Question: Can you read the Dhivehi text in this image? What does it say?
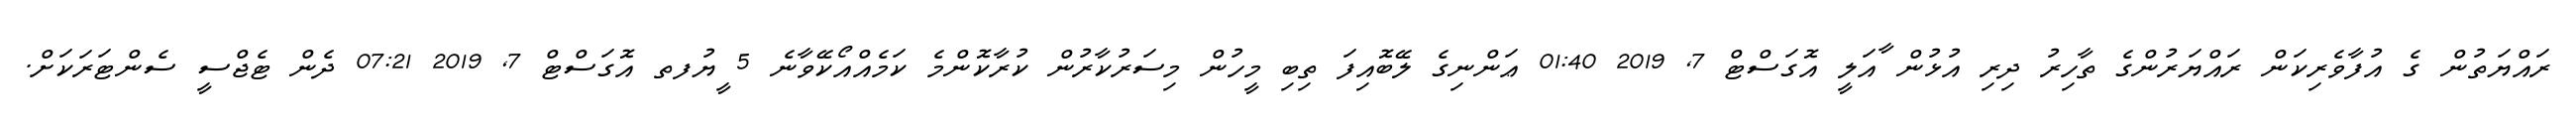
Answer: ރައްޔަތުން ގެ އުފާވެރިކަން ރައްޔަރުންގެ ތާހިރު ދިރި އުޅުން ާއަލީ އޮގަސްޓް 7, 2019 01:40 ޢަންނިގެ ލޭބޮއިފަ ތިބި މީހުން މިސަރުކާރުން ކުރާކޮންމެ ކަމެއްއޯކޭވާނެ 5 ީޔުފތ އޮގަސްޓް 7, 2019 07:21 ދެން ޓެޖްސީ ސެންޓަރަކަށް.